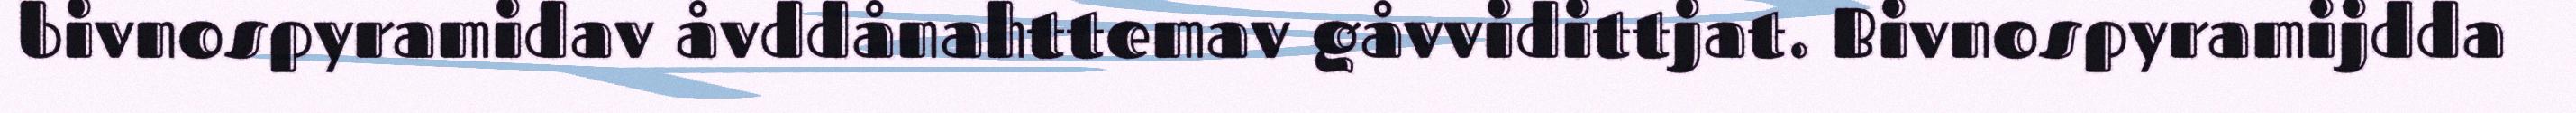
bivnospyramidav åvddånahttemav gåvvidittjat. Bivnospyramijdda